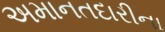
અમાનતદારીના